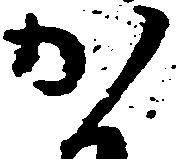
か